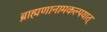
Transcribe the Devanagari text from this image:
ब्राह्मणानामकल्पयात्‌